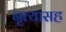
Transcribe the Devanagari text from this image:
नृत्यासह